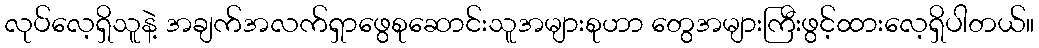
လုပ်လေ့ရှိသူနဲ့ အချက်အလက်ရှာဖွေစုဆောင်းသူအများစုဟာ တွေအများကြီးဖွင့်ထားလေ့ရှိပါတယ်။